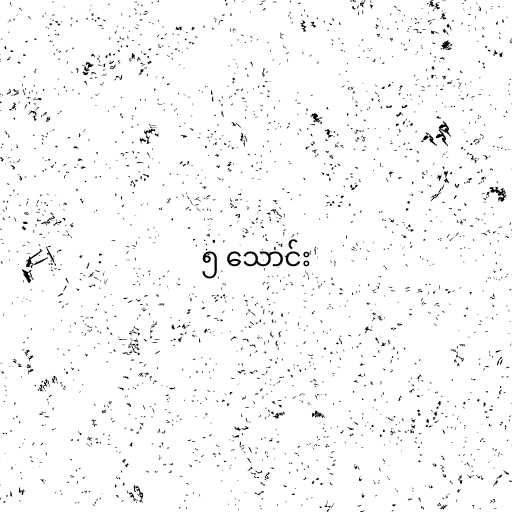
၅ သောင်း